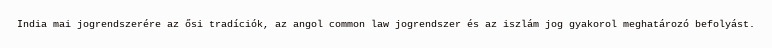
India mai jogrendszerére az ősi tradíciók, az angol common law jogrendszer és az iszlám jog gyakorol meghatározó befolyást.